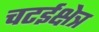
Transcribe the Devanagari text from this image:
चटईक्षेत्र